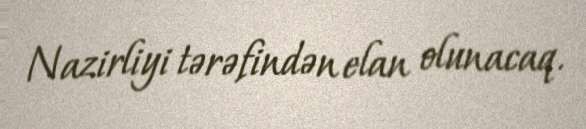
Nazirliyi tərəfindən elan olunacaq.